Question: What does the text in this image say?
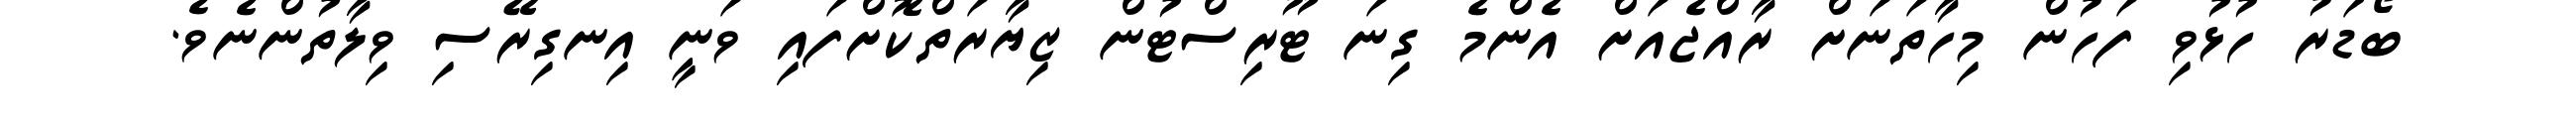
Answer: ބޯޑަރު ހުޅުވި ފަހުން މިހާތަނަށް ރާއްޖެއަށް އެންމެ ގިނަ ޓޫރިސްޓުން ޒިޔާރަތްކޮށްފައި ވަނީ އިނގިރޭސި ވިލާތުންނެވެ.